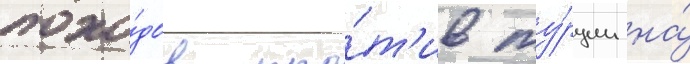
похо́дов про́т'ив ту́рции на́